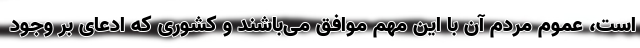
است، عموم مردم آن با این مهم موافق می‌باشند و کشوری که ادعای بر وجود